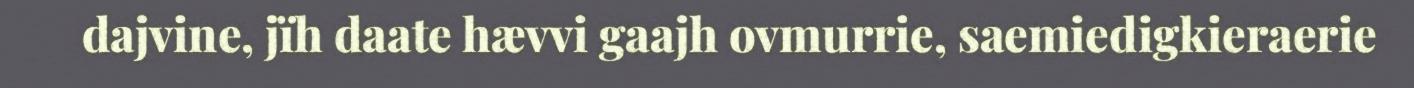
dajvine, jïh daate hævvi gaajh ovmurrie, saemiedigkieraerie